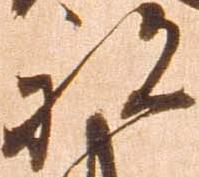
被